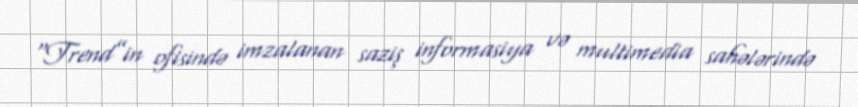
“Trend”in ofisində imzalanan saziş informasiya və multimedia sahələrində